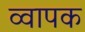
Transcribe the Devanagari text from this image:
व्वापक